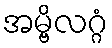
အမ္ဗိလဂ္ဂံ